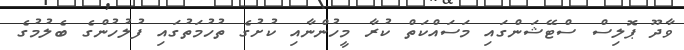
ވާދޫ ޕޮލިސް ސްޓޭޝަންގައި މަސައްކަތް ކުރާ މީހުންނާއި ކުށުގެ ތުހުމަތުގައި ފުލުހުންގެ ބެލުމުގެ